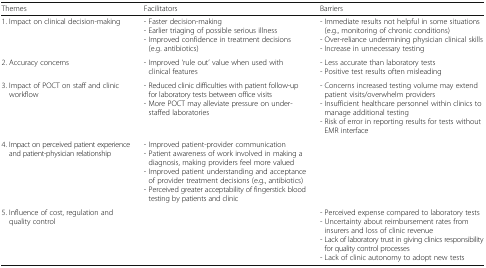
<table><thead><tr><td><b>Themes</b></td><td><b>Facilitators</b></td><td><b>Barriers</b></td></tr></thead><tbody><tr><td>1. Impact on clinical decision-making</td><td>- Faster decision-making- Earlier triaging of possible serious illness- Improved confidence in treatment decisions (e.g. antibiotics)</td><td>- Immediate results not helpful in some situations (e.g., monitoring of chronic conditions)- Over-reliance undermining physician clinical skills- Increase in unnecessary testing</td></tr><tr><td>2. Accuracy concerns</td><td>- Improved ‘rule out’ value when used with clinical features</td><td>- Less accurate than laboratory tests- Positive test results often misleading</td></tr><tr><td>3. Impact of POCT on staff and clinic workflow</td><td>- Reduced clinic difficulties with patient follow-up for laboratory tests between office visits- More POCT may alleviate pressure on under-staffed laboratories</td><td>- Concerns increased testing volume may extend patient visits/overwhelm providers- Insufficient healthcare personnel within clinics to manage additional testing- Risk of error in reporting results for tests without EMR interface</td></tr><tr><td>4. Impact on perceived patient experience and patient-physician relationship</td><td>- Improved patient-provider communication- Patient awareness of work involved in making a diagnosis, making providers feel more valued- Improved patient understanding and acceptance of provider treatment decisions (e.g., antibiotics)- Perceived greater acceptability of fingerstick blood testing by patients and clinic</td><td></td></tr><tr><td>5. Influence of cost, regulation and quality control</td><td></td><td>- Perceived expense compared to laboratory tests- Uncertainty about reimbursement rates from insurers and loss of clinic revenue- Lack of laboratory trust in giving clinics responsibility for quality control processes- Lack of clinic autonomy to adopt new tests</td></tr></tbody></table>